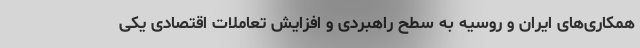
همکاری‌های ایران و روسیه به سطح راهبردی و افزایش تعاملات اقتصادی یکی